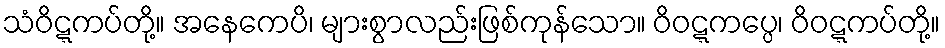
သံဝိဋ္ဋကပ်တို့။ အနေကေပိ၊ များစွာလည်းဖြစ်ကုန်သော။ ဝိဝဋ္ဋကပ္ပေ၊ ဝိဝဋ္ဋကပ်တို့။